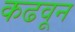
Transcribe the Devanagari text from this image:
कढवून